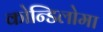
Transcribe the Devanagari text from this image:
कोन्डिलोमा